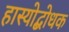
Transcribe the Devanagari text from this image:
हास्योद्बोधक